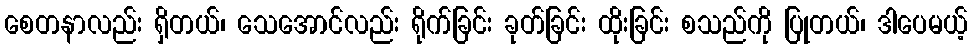
စေတနာလည်း ရှိတယ်၊ သေအောင်လည်း ရိုက်ခြင်း ခုတ်ခြင်း ထိုးခြင်း စသည်ကို ပြုတယ်၊ ဒါပေမယ့်